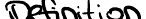
Definition